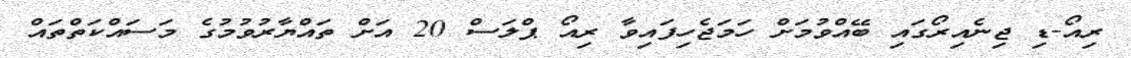
ރިއޯ-ޑި ޖިނެއިރޯގައި ބޭއްވުމަށް ހަމަޖެހިފައިވާ ރިއޯ ޕްލަސް 20 އަށް ތައްޔާރުވުމުގެ މަސައްކަތްތައް